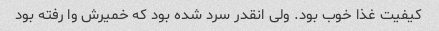
کیفیت غذا خوب بود. ولی انقدر سرد شده بود که خمیرش وا رفته بود